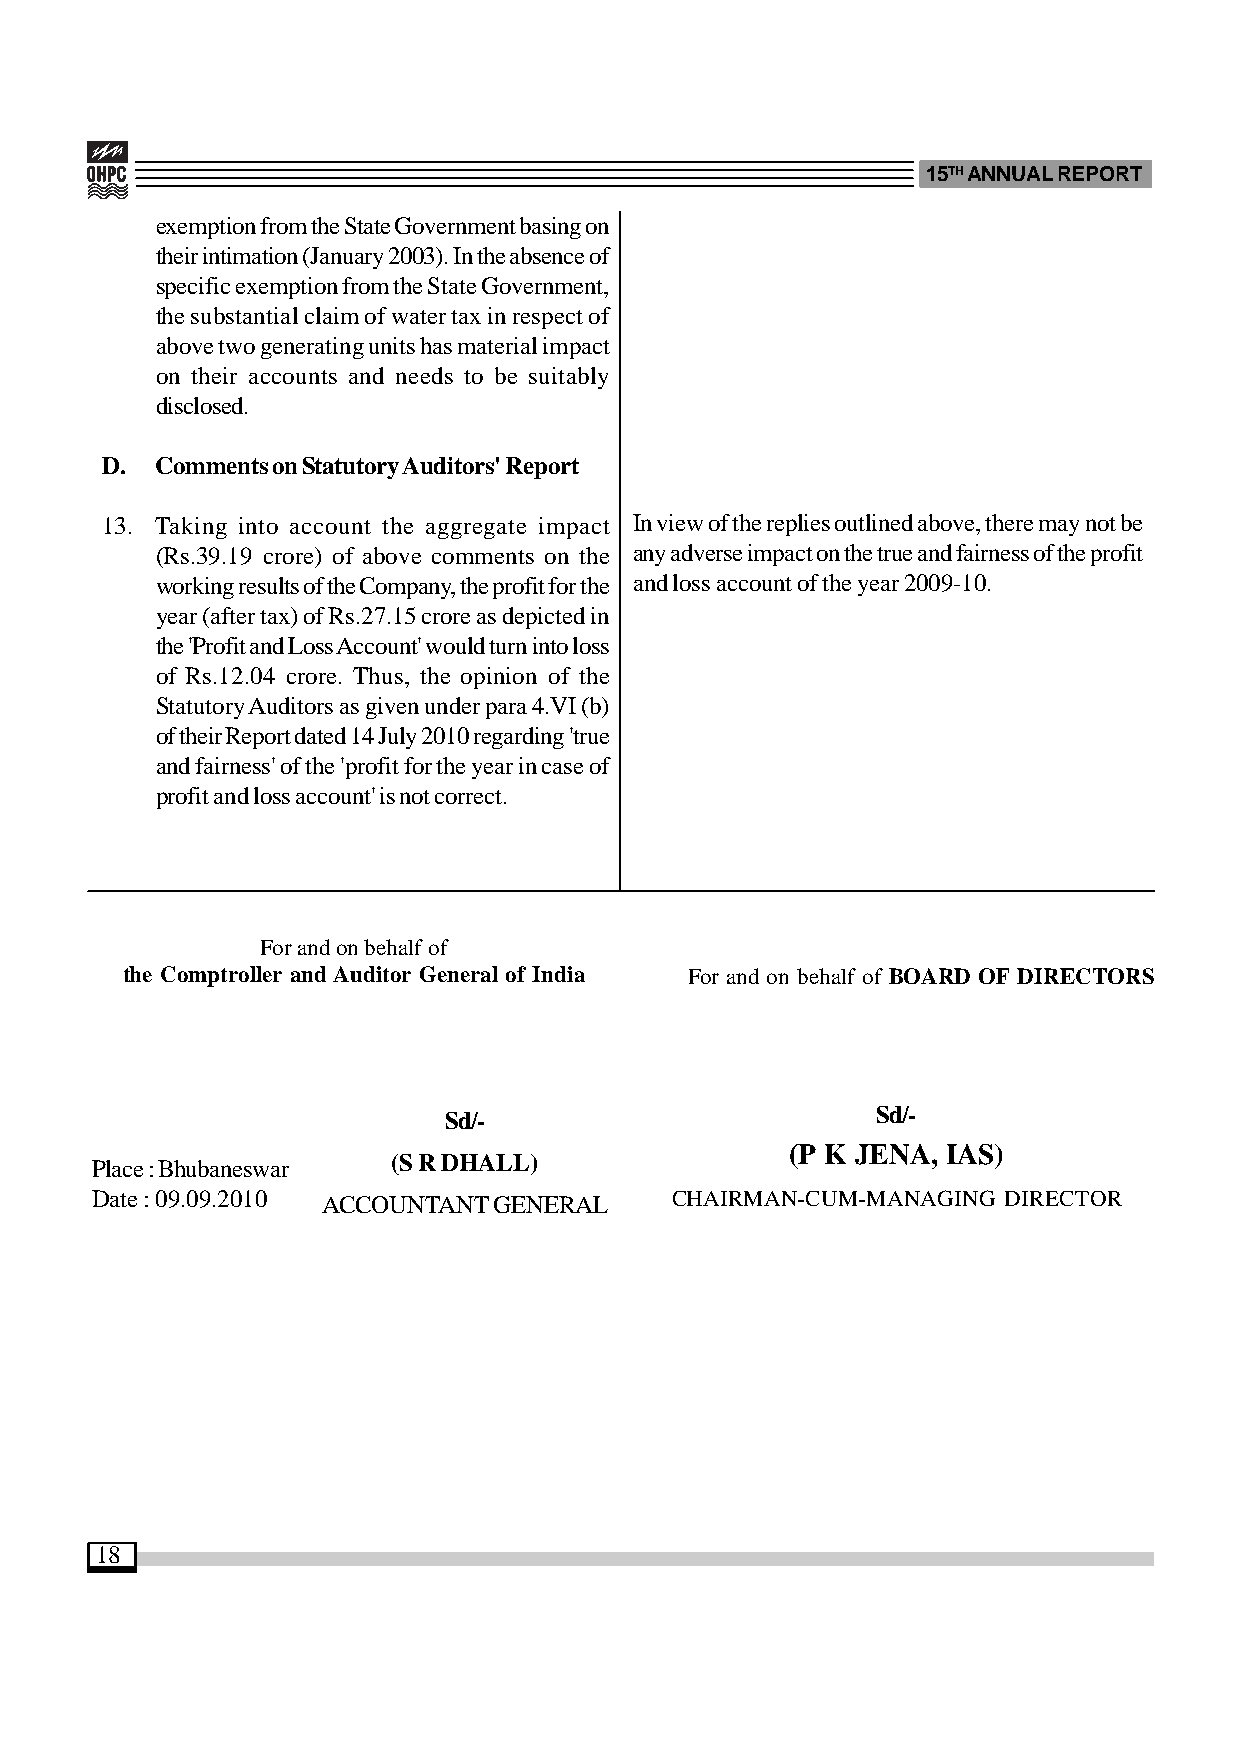
15TH ANNUAL REPORT
 exemption from the State Government basing on
 their intimation (January 2003). In the absence of
 specific exemption from the State Government,
 the substantial claim of water tax in respect of
 above two generating units has material impact
 on their accounts and needs to be suitably
 disclosed.
 D. Comments on Statutory Auditors' Report
 13. Taking into account the aggregate impact In view of the replies outlined above, there may not be
 (Rs.39.19 crore) of above comments on the any adverse impact on the true and fairness of the profit
 working results of the Company, the profit for the and loss account of the year 2009-10.
 year (after tax) of Rs.27.15 crore as depicted in
 the 'Profit and Loss Account' would turn into loss
 of Rs.12.04 crore. Thus, the opinion of the
 Statutory Auditors as given under para 4.VI (b)
 of their Report dated 14 July 2010 regarding 'true
 and fairness' of the 'profit for the year in case of
 profit and loss account' is not correct.
 For and on behalf of
 the Comptroller and Auditor General of India For and on behalf of BOARD OF DIRECTORS
 Sd/-
 Sd/-
 (P K JENA, IAS)
 Place : Bhubaneswar (S R DHALL)
 Date : 09.09.2010 ACCOUNTANT GENERAL  CHAIRMAN-CUM-MANAGING  DIRECTOR
 18